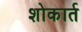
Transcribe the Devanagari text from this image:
शोकार्त